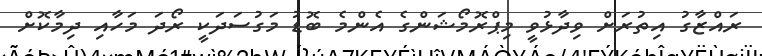
ރައްޒާގު އިތުރަށް ވިދާޅުވީ މިޕްރޮމޯޝަންގެ އެންމެ ބޮޑު މަގުސަދަކީ ރޯދަ މަހާއި ދިމާކޮށް